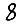
Digit: 8